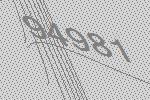
94981